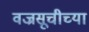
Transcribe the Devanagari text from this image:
वज्रसूचीच्या